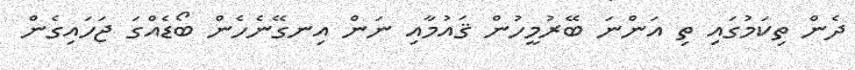
ދެން ތިކަމުގައި ތި އަންނަ ބޭރުމީހުން ޤައުމާއި ނަން އިނގޭނެހެން ބޯޑެއްގަ ޖަހައިގެން